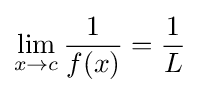
\lim _{x\to c}{\frac {1}{f(x)}}={\frac {1}{L}}